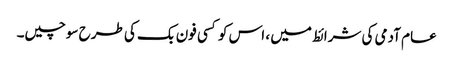
عام آدمی کی شرائط میں ، اس کو کسی فون بک کی طرح سوچیں۔